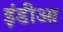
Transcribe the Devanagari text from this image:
इंडीआ